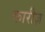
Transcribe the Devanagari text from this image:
कारीज़